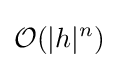
{\mathcal {O}}(|h|^{n})